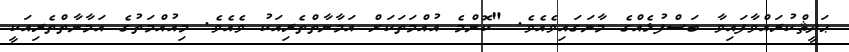
ޙަދީޘްކުރައްވާފައިވާ ބަސްފުޅެއްގެ މާނަގައިވެއެވެ. "ކޮންމެ އުއްމަތަކަށް އަމާނާތްތެރިއަކު ވެއެވެ. މިއުއްމަތުގެ އަމާނާތްތެރިއަކީ